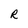
Character: R